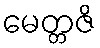
မေတ္တဇိ